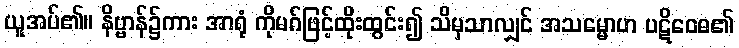
ယူအပ်၏။ နိဗ္ဗာန်၌ကား အာရုံ ကိုမဂ်ဖြင့်ထိုးထွင်း၍ သိမှသာလျှင် အသမ္မောဟ ပဋိဝေဓ၏